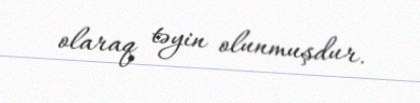
olaraq təyin olunmuşdur.